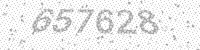
Solution: 657628